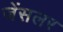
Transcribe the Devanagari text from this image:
जेंसलर